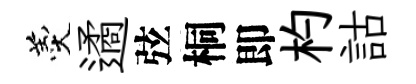
羹遹弦桐即杓詁